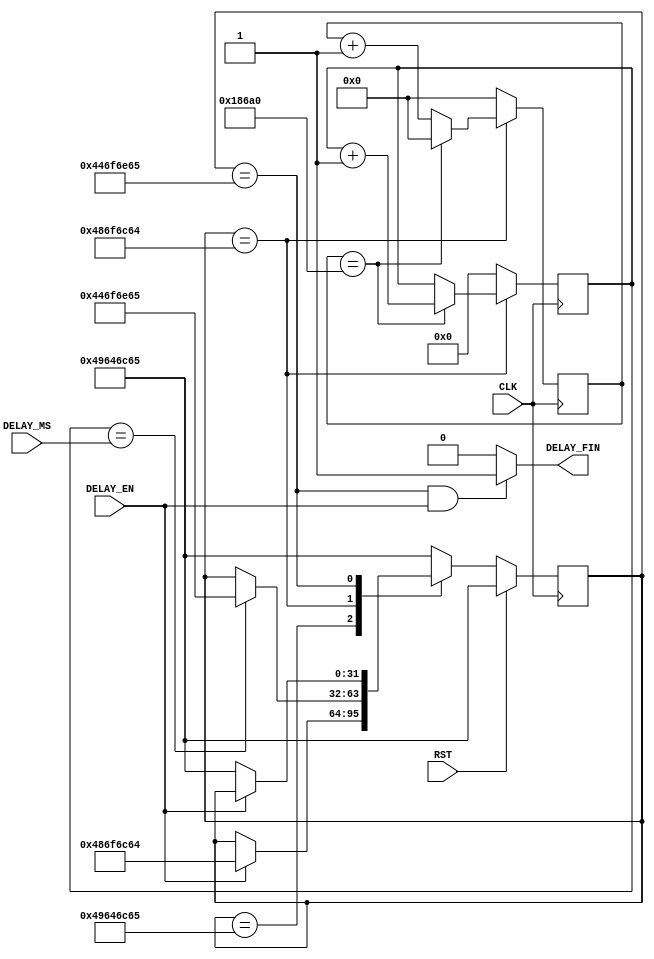
`timescale 1ns / 1ps
//////////////////////////////////////////////////////////////////////////////////
// 
//  
// 
//									  
// 
// Module Name:    Delay 
// Project Name: 	 ZedboardOLED
// Target Devices: Zynq
// Tool versions:  Vivado 14.2 (64-bits)
// Description:    Creates a delay of DELAY_MS ms
//
// Revision: 1.0
// Revision 0.01 - File Created
//
//////////////////////////////////////////////////////////////////////////////////
module Delay(
    CLK,
    RST,
    DELAY_MS,
    DELAY_EN,
    DELAY_FIN
    );

	// ===========================================================================
	// 										Port Declarations
	// ===========================================================================
    input CLK;
    input RST;
    input [11:0] DELAY_MS;
    input DELAY_EN;
    output DELAY_FIN;

	// ===========================================================================
	// 							  Parameters, Regsiters, and Wires
	// ===========================================================================
	wire DELAY_FIN;

	reg [31:0] current_state = "Idle";						// Signal for state machine
	reg [16:0] clk_counter = 17'b00000000000000000;		// Counts up on every rising edge of CLK
	reg [11:0] ms_counter = 12'h000;							// Counts up when clk_counter = 100,000


	// ===========================================================================
	// 										Implementation
	// ===========================================================================
	assign DELAY_FIN = (current_state == "Done" && DELAY_EN == 1'b1) ? 1'b1 : 1'b0;
	
	//  State Machine
	always @(posedge CLK) begin
			// When RST is asserted switch to idle (synchronous)
			if(RST == 1'b1) begin
					current_state <= "Idle";
			end
			else begin
					case(current_state)

							"Idle" : begin
									// Start delay on DELAY_EN
									if(DELAY_EN == 1'b1) begin
											current_state <= "Hold";
									end
							end
							
							"Hold" : begin
									// Stay until DELAY_MS has occured
									if(ms_counter == DELAY_MS) begin
											current_state <= "Done";
									end
							end
							
							"Done" : begin
									// Wait until DELAY_EN is deasserted to go to IDLE
									if(DELAY_EN == 1'b0) begin
											current_state <= "Idle";
									end
							end
							
							default : current_state <= "Idle";
							
					endcase
			end
	end
	//  End State Machine


	// Creates ms_counter that counts at 1KHz
	// CLK_DIV
	always @(posedge CLK) begin
			if(current_state == "Hold") begin
					if(clk_counter == 17'b11000011010100000) begin		// 100,000
							clk_counter <= 17'b00000000000000000;
							ms_counter <= ms_counter + 1'b1;					// increments at 1KHz
					end
					else begin
							clk_counter <= clk_counter + 1'b1;
					end
			end
			else begin																// If not in the hold state reset counters
					clk_counter <= 17'b00000000000000000;
					ms_counter <= 12'h000;
			end
	end

endmodule